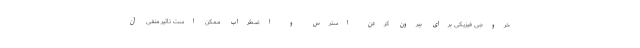
خروجی فیزیکی برای بیرون کردن استرس و اضطراب ممکن است تاثیر منفی آن